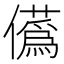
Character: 儰